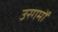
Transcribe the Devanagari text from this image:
उरगमों